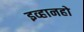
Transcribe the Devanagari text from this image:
इव्हानहो